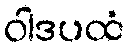
ဝါဒပထံ